Vaccination in the Punjab 1905-1918 - 1905-1918
Year: 1905
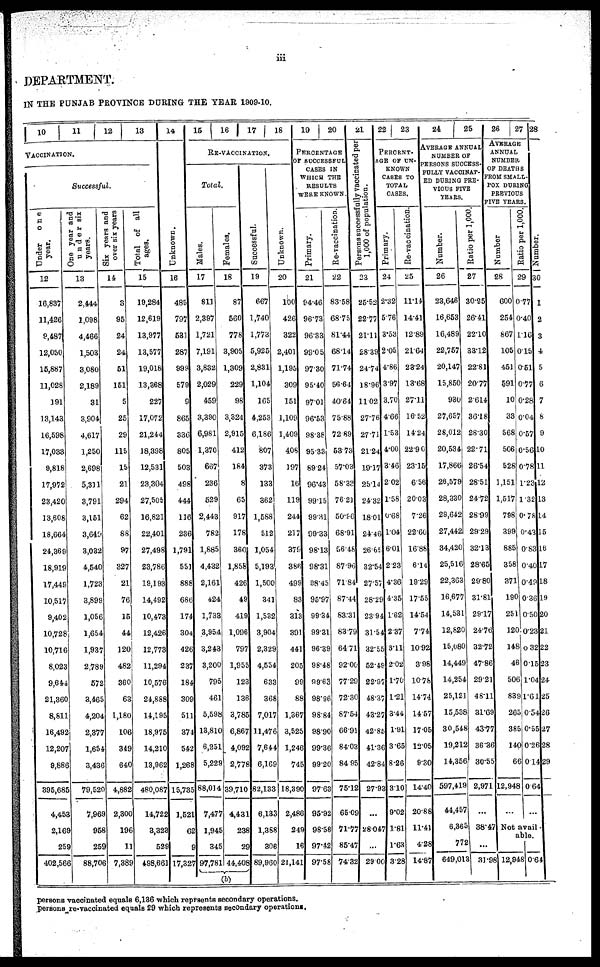
iii
DEPARTMENT.
IN THE PUNJAB PROVINCE DURING THE YEAR 1909-10.
10
11 12 13
VACCINATION.
Successful.
Under
one
year.
12
16,837
11,426
9,487
12,050
15,887
11,028
191
13,143
16,598
17,033
9,818
17,972
23,420
13,608
18,664
24,369
18,919
17,449
10,517
9,402
10,728
10,716
8,023
9,644
21,360
8,811
16,492
12,207
9,886
395,685
4,453
2,169
259
402,566
One year and
under six
years.
13
2,444
1,098
4,466
1,503
3,080
2,189
31
3,904
4,617
1,250
2,698
5,311
3,791
3,151
3,649
3,032
4,540
1,723
3,899
1,056
1,654
1,937
2,789
572
3,465
4,204
2,377
1,654
3,436
79,520
7,969
958
259
88,706
Six years and
over six years
14
3
95
24
24
51
151
5
25
29
115
15
21
294
62
88
97
327
21
76
15
44
120
482
360
63
1,180
106
349
640
4,882
2,300
196
11
7,389
Total of all
ages.
15
19,284
12,619
13,977
13,577
19,018
13,368
227
17,072
21,244
18,398
12,531
23,304
27,505
16,821
22,401
27,498
23,786
19,193
14,492
10,473
12,426
12,773
11,294
10,576
24,888
14,195
18,975
14,210
13,962
480,087
14,722
3,323
529
498,661
14
Unknown.
16
485
797
531
287
999
579
9
865
336
805
503
498
444
116
236
1,791
551
888
686
174
304
426
237
184
309
511
374
542
1,268
15,735
1,521
62
9
17,327
15
16
17
18
RE-VACCINATION.
Total.
Males.
17
811
2,397
1,721
7,191
3,832
2,029
459
3,390
6,981
1,370
667
236
529
2,443
782
1,885
4,432
2,161
424
1,733
3,954
3,243
3,200
795
461
5,598
13,810
6,251
5,229
88,014
7,477
1,945
345
97,781
Females.
18
87
560
778
3,905
1,309
229
98
3,324
2,915
412
184
8
65
917
178
360
1,858
426
49
419
1,096
797
1,955
123
136
3,785
6,867
4,092
2,778
39,710
4,431
238
29
44,408
(b)
Successful.
19
667
1,740
1,773
5,925
2,831
1,104
165
4,253
6,186
807
373
133
362
1,588
512
1,054
5,193
1,500
341
1,532
3,904
2,329
4,554
633
368
7,017
11,476
7,644
6,169
82,133
6,133
1,388
306
89,960
Unknown.
20
100
426
322
2,401
1,195
309
151
1,109
1,409
408
197
16
119
244
217
379
386
499
83
313
391
441
205
99
88
1,367
3,525
1,246
745
18,390
2,486
249
16
21,141
19
20
PERCENTAGE
OF SUCCESSFUL
CASES IN
WHICH THE
RESULTS
WERE KNOWN.
Primary.
21
94.46
96.73
96.33
99.05
97.30
95.40
97.01
96.53
98.38
95.33
89.24
96.43
99.15
99.31
99.33
98.13
98.31
98.45
95.97
99.34
99.31
96.39
98.48
99.63
98.96
98.84
98.90
99.36
99.20
97.63
95.92
98.58
97.42
97.58
Re-vaccination.
22
83.58
68.75
81.44
68.14
71.74
56.64
40.64
75.88
72.89
53.73
57.03
58.33
76.21
50.96
68.91
56.48
87.96
71.84
87.44
83.31
83.79
64.71
92.00
77.29
72.30
87.54
66.91
84.03
84.95
75.12
65.09
71.77
85.47
74.32
21
Persons successfully vaccinated per
1,000 of population.
23
25.52
22.77
21.11
28.39
24.74
18.96
11.02
27.76
27.71
21.24
19.17
25.14
24.32
18.01
24.46
26.65
32.54
27.57
28.29
23.94
31.54
32.55
52.49
22.97
48.37
43.27
42.85
41.36
42.84
27.93
...
28.047
...
29.00
22
23
PERCENT¬
AGE OF UN¬
KNOWN
CASES TO
TOTAL
CASES.
Primary.
24
2.32
5.76
3.53
2.05
4.86
3.97
3.70
4.66
1.53
4.00
3.46
2.02
1.58
0.68
1.04
6.01
2.23
4.36
4.35
1.62
2.37
3.11
2.02
1.70
1.21
3.44
1.91
3.65
8.26
3.10
9.02
1.81
1.63
3.28
Re-vaccination.
25
11.14
14.41
12.89
21.64
23.24
13.68
27.11
16.52
14.24
22.90
23.15
6.56
20.03
7.26
22.60
16.88
6.14
19.29
17.55
14.54
7.74
10.92
3.98
10.78
14.74
14.57
17.05
12.05
9.30
14.40
20.88
11.41
4.28
14.87
24
25
AVERAGE ANNUAL
NUMBER OF
PERSONS SUCCESS-
FULLY VACCINAT-
ED DURING PRE-
VIOUS FIVE
YEARS.
Number.
26
23,646
16,653
16,489
22,757
20,147
15,850
930
27,657
28,012
20,534
17,866
26,579
28,330
29,642
27,442
34,420
25,516
22,363
16,677
14,531
12,820
15,080
14,449
14,254
25,121
15,538
30,548
19,212
14,356
597,419
44,457
6,365
772
649,013
Ratio per 1,000.
27
30.25
26.41
22.10
33.12
22.81
20.77
2.614
36.18
28.30
22.71
26.54
28.51
24.72
28.99
29.29
32.13
28.65
29.80
31.81
29.17
24.76
32.72
47.86
29.21
48.11
31.69
43.77
36.36
30.55
2,971
...
38.47
...
31.98
26
27
AVERAGE
ANNUAL
NUMBER
OF DEATHS
FROM SMALL-
POX DURING
PREVIOUS
FIVE YEARS.
Number
28
600
254
867
105
451
591
10
33
568
506
528
1,151
1,517
798
399
885
358
371
190
251
120
148
46
506
839
265
385
140
66
12,948
...
Ratio per 1,000.
29
0.77
0.40
1.16
0.15
0.51
0.77
0.28
0.04
0.57
0.56
0.78
1.23
1.32
0.78
0.43
0.83
0.40
0.49
0.36
0.50
0.23
0.32
0.15
1.04
1.61
0.54
0.55
0.26
0.14
0.64
...
Not avail¬
able.
...
12,948
...
0.64
28
Number.
30
1
2
3
4
5
6
7
8
9
10
11
12
13
14
15
16
17
18
19
20
21
22
23
24
25
26
27
28
29
persons vaccinated equals 6,136 which reprsents secondary operations.
persons re-vaccinated equals 29 which represents secondary operations.